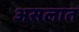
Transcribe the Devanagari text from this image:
असलात